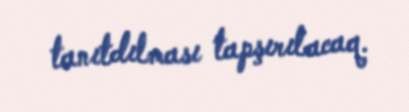
tanıtdılması tapşırılacaq.